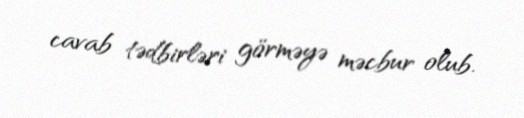
cavab tədbirləri görməyə məcbur olub.